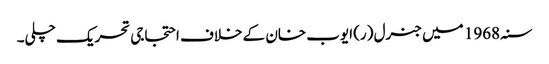
سنہ 1968 میں جنرل (ر) ایوب خان کے خلاف احتجاجی تحریک چلی۔